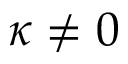
\kappa \ne 0